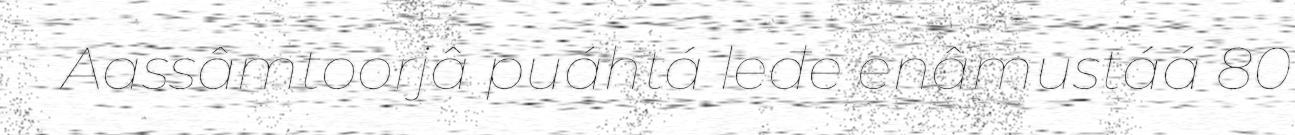
Aassâmtoorjâ puáhtá leđe enâmustáá 80